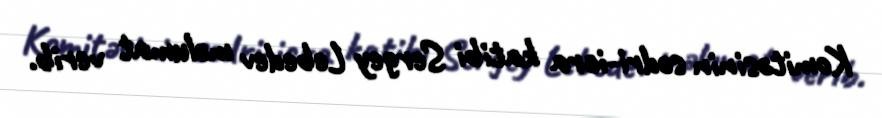
Komitəsinin sədri-icra katibi Sergey Lebedev məlumat verib.